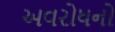
અવરોધનો